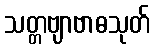
သတ္တဗျာဗာဓသုတ်